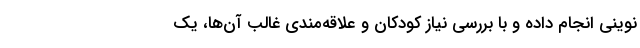
نوینی انجام داده و با بررسی نیاز کودکان و علاقه‌مندی غالب آن‌ها، یک